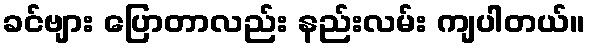
ခင်ဗျား ပြောတာလည်း နည်းလမ်း ကျပါတယ်။